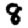
Digit: 8